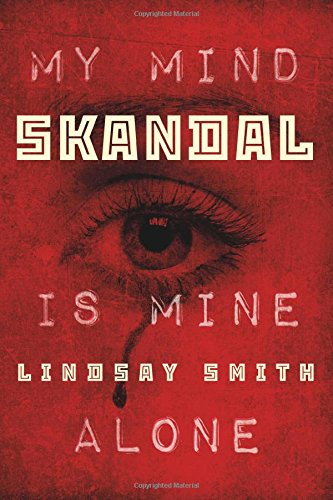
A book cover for Skandal (Sekret Series); Lindsay Smith; Teen & Young Adult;